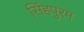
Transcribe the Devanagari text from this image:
सिंहपुरम